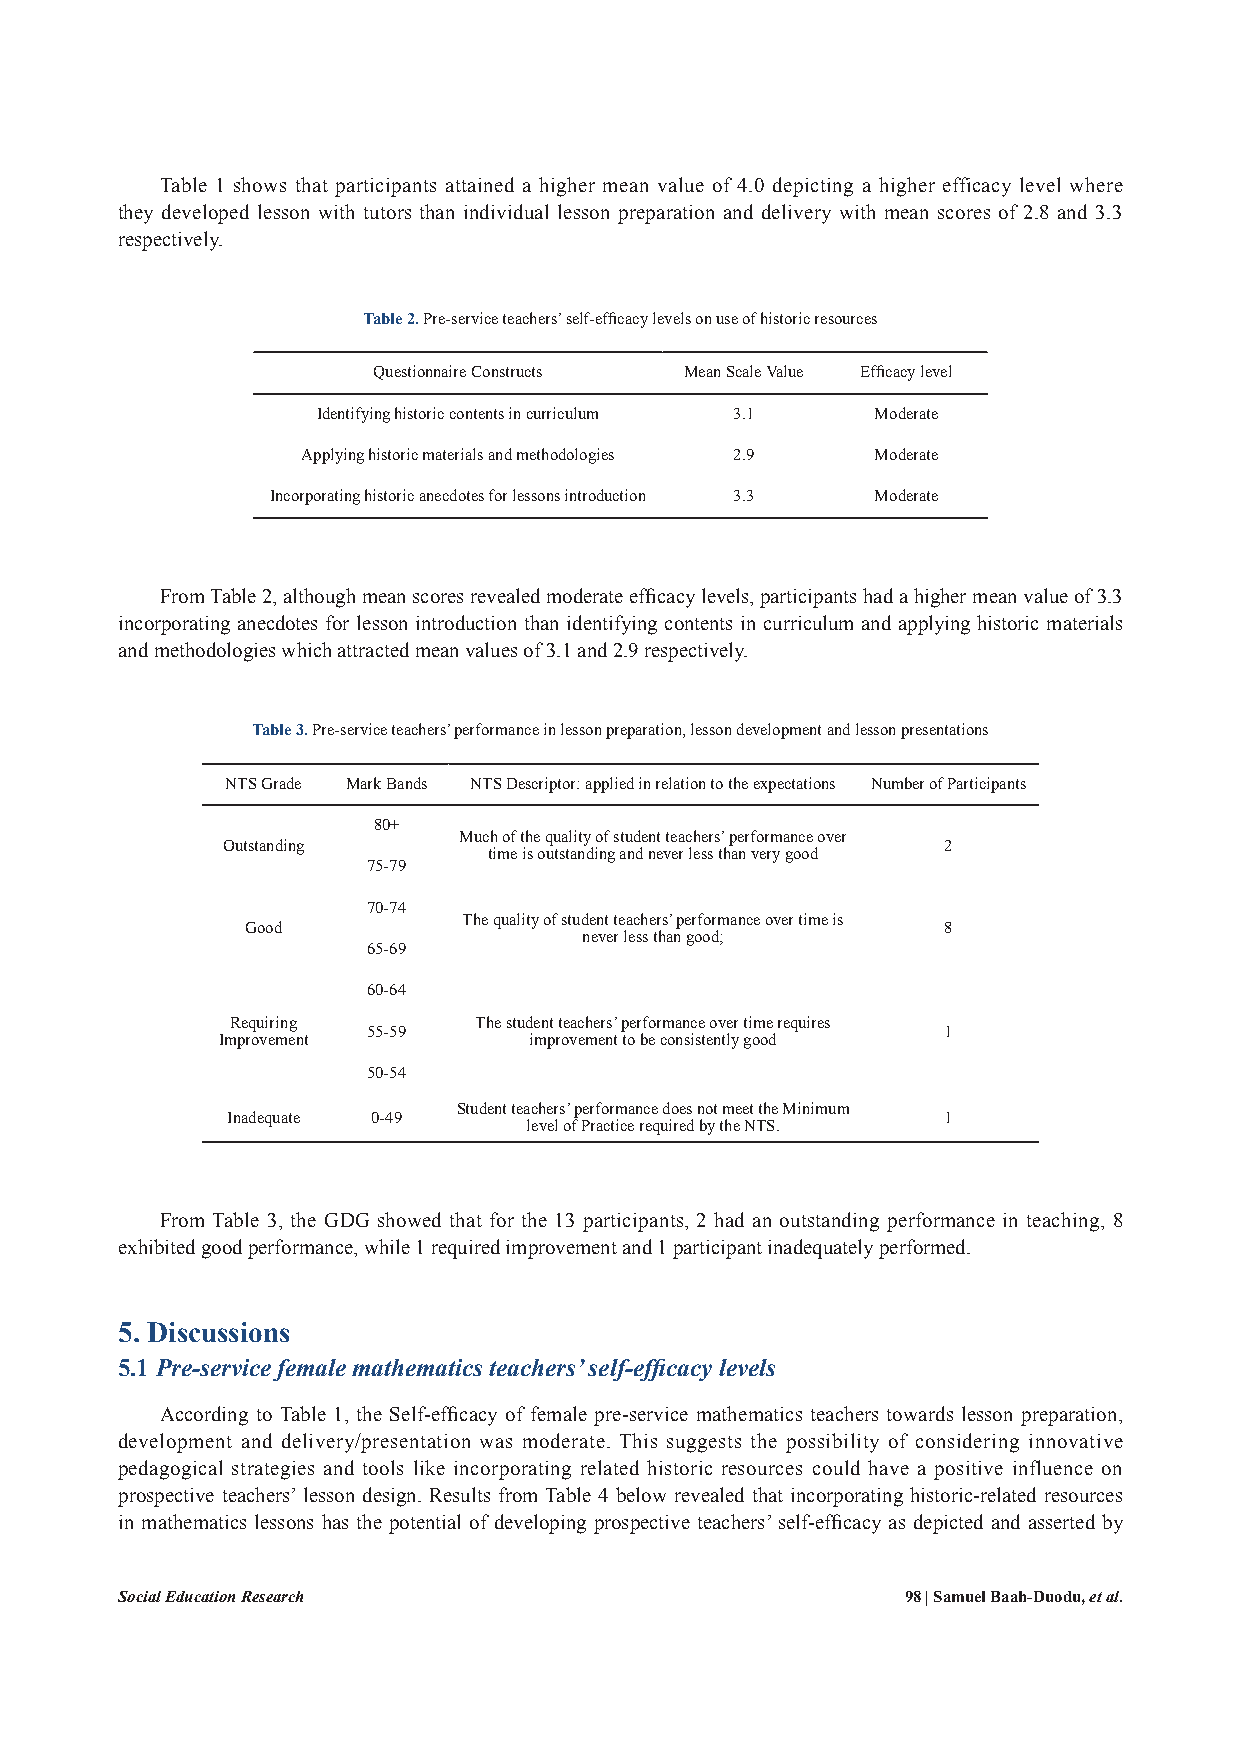
Table 1 shows that participants attained a higher mean value of 4.0 depicting a higher efficacy level where
 they developed lesson with tutors than individual lesson preparation and delivery with mean scores of 2.8 and 3.3
 respectively.
 Table 2. Pre-service teachers’ self-efficacy levels on use of historic resources
 Questionnaire Constructs Mean Scale Value Efficacy level
 Identifying historic contents in curriculum 3.1 Moderate
 Applying historic materials and methodologies 2.9 Moderate
 Incorporating historic anecdotes for lessons introduction 3.3 Moderate
 From Table 2, although mean scores revealed moderate efficacy levels, participants had a higher mean value of 3.3
 incorporating anecdotes for lesson introduction than identifying contents in curriculum and applying historic materials
 and methodologies which attracted mean values of 3.1 and 2.9 respectively.
 Table 3. Pre-service teachers’ performance in lesson preparation, lesson development and lesson presentations
 NTS Grade Mark Bands NTS Descriptor: applied in relation to the expectations Number of Participants
 80+
 Much of the quality of student teachers’ performance over
 Outstanding                                    2
 time is outstanding and never less than very good
 75-79
 70-74
 The quality of student teachers’ performance over time is
 Good                                          8
 never less than good;
 65-69
 60-64
 Requiring       The student teachers’ performance over time requires
 55-59                                 1
 Improvement          improvement to be consistently good
 50-54
 Student teachers’ performance does not meet the Minimum
 Inadequate 0-49                                1
 level of Practice required by the NTS.
 From Table 3, the GDG showed that for the 13 participants, 2 had an outstanding performance in teaching, 8
 exhibited good performance, while 1 required improvement and 1 participant inadequately performed.
 5. Discussions
 5.1 Pre-service female mathematics teachers’ self-efficacy levels
 According to Table 1, the Self-efficacy of female pre-service mathematics teachers towards lesson preparation,
 development and delivery/presentation was moderate. This suggests the possibility of considering innovative
 pedagogical strategies and tools like incorporating related historic resources could have a positive influence on
 prospective teachers’ lesson design. Results from Table 4 below revealed that incorporating historic-related resources
 in mathematics lessons has the potential of developing prospective teachers’ self-efficacy as depicted and asserted by
 Social Education Research                           98 | Samuel Baah-Duodu, et al.